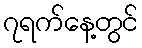
၇ရက်နေ့တွင်